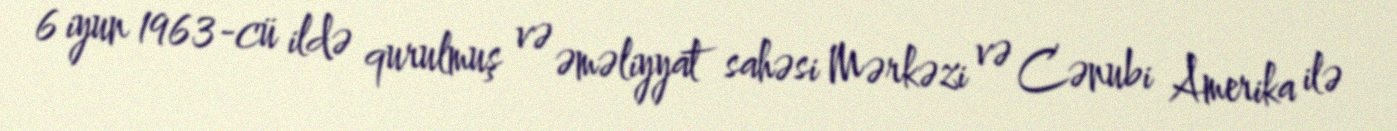
6 iyun 1963-cü ildə qurulmuş və əməliyyat sahəsi Mərkəzi və Cənubi Amerika ilə